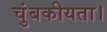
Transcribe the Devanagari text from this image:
चुंबकीयता।